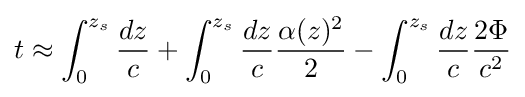
t\approx \int _{0}^{z_{s}}{dz \over c}+\int _{0}^{z_{s}}{dz \over c}{\alpha (z)^{2} \over 2}-\int _{0}^{z_{s}}{dz \over c}{2\Phi  \over c^{2}}